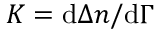
K = \mathrm { d } \Delta n / \mathrm { d } \Gamma